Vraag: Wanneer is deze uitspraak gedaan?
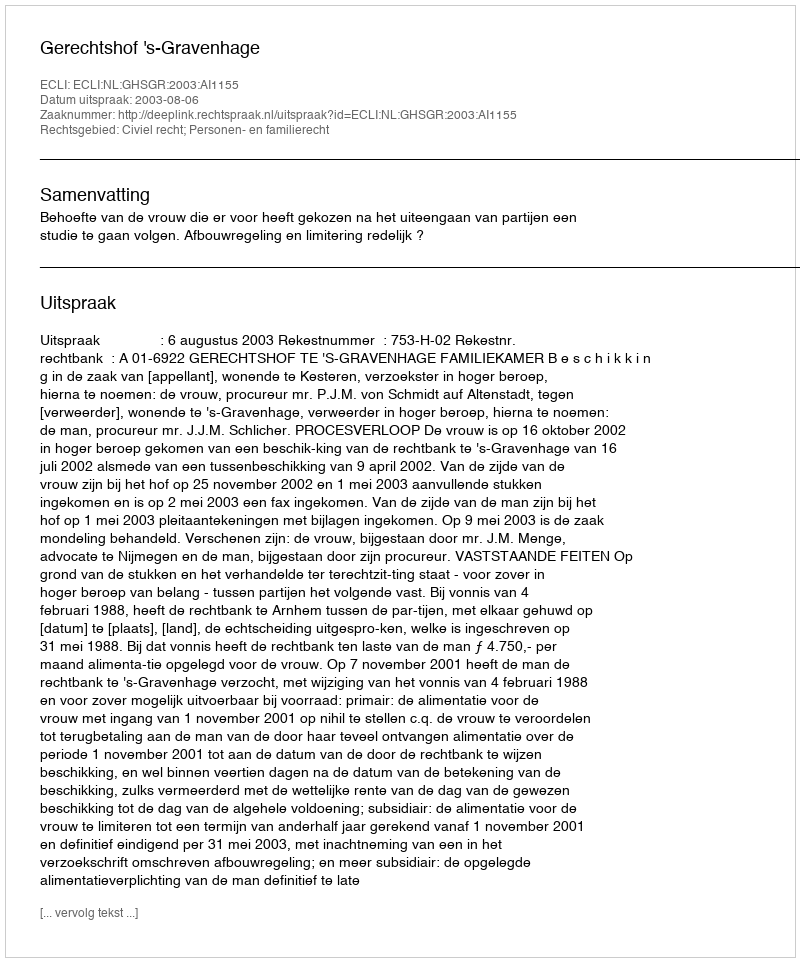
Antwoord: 2003-08-06